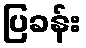
ပြခန်း